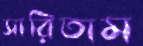
সারিতাম